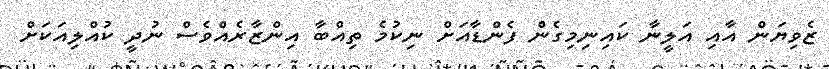
ޒެވިޔަން އާއި އަލީނާ ކައިނިމިގެން ފެންޑާއަށް ނިކުމެ ތިއްބާ އިންޒާރެއްވެސް ނުދީ ކުއްލިއަކަށް